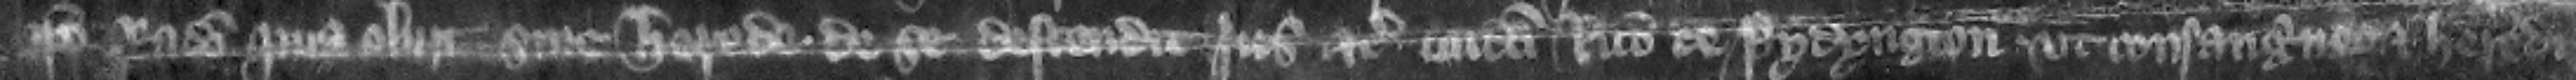
ipso Radulfo quia obiit sine herede de se descendit is etc. cuidam Ricardo de Pydyngton vt consanguineo et heredi